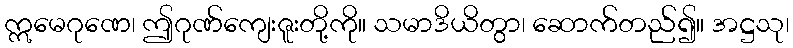
ဣမေဂုဏေ၊ ဤဂုဏ်ကျေးဇူးတို့ကို။ သမာဒိယိတွာ၊ ဆောက်တည်၍။ အဋ္ဌသု၊